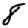
Digit: 8